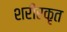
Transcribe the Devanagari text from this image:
शरीरकृत